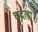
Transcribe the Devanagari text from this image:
चंदला